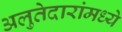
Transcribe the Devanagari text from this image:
अलुतेदारांमध्ये